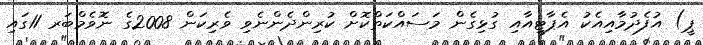
ޕީ) އުފެދުމާއިއެކު އެޕާޓީއާއި ގުޅިގެން މަސައްކަތްކޮށް ކުރިންދެންނެވި ވެރިކަން 2008ގެ ނޮވެމްބަރ 11ގައި